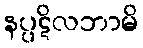
နပ္ပဋိလဘာမိ